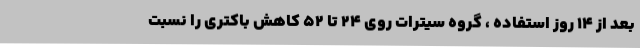
بعد از 14 روز استفاده ، گروه سیترات روی 24 تا 52 کاهش باکتری را نسبت